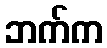
ဘက်က